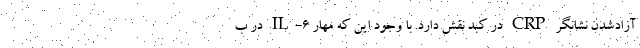
آزادشدن نشانگر CRP در کبد نقش دارد. با وجود این که مهار IL-۶ در ب